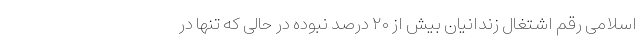
اسلامی رقم اشتغال زندانیان بیش از ۲۰ درصد نبوده در حالی که تنها در